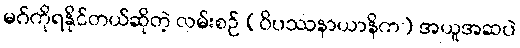
မဂ်ကိုရနိုင်တယ်ဆိုတဲ့ လမ်းစဉ် (ဝိပဿနာယာနိက) အယူအဆပဲ